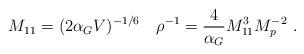
LaTeX: \begin{align*}M_{11}=(2\alpha_G V)^{-1/6}\quad\rho^{-1}= {4\over\alpha_G}M_{11}^{3}M_p^{-2}\ .\end{align*}